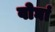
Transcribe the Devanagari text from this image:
वोघां